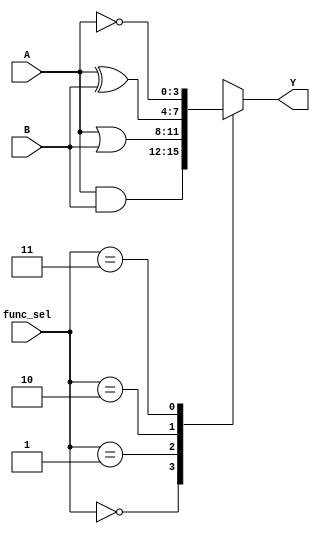
module combinational_logic_block (
    input wire [3:0] A,      // 4-bit input
    input wire [3:0] B,      // 4-bit input
    input wire [1:0] func_sel, // Function select (2 bits for 4 functions)
    output reg [3:0] Y       // 4-bit output
);

    // Function select encoding
    // 00 - AND
    // 01 - OR
    // 10 - XOR
    // 11 - NOT (only applies to A)

    always @(*) begin
        case (func_sel)
            2'b00: Y = A & B;     // AND
            2'b01: Y = A | B;     // OR
            2'b10: Y = A ^ B;     // XOR
            2'b11: Y = ~A;        // NOT (only A)
            default: Y = 4'b0000; // Default case
        endcase
    end

endmodule